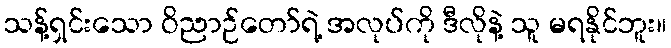
သန့်ရှင်းသော ဝိညာဉ်တော်ရဲ့ အလုပ်ကို ဒီလိုနဲ့ သူ မရနိုင်ဘူး။